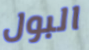
البول